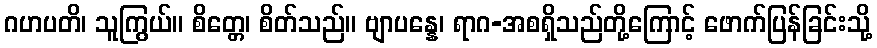
ဂဟပတိ၊ သူကြွယ်။ စိတ္တေ၊ စိတ်သည်။ ဗျာပန္နေ၊ ရာဂ-အစရှိသည်တို့ကြောင့် ဖောက်ပြန်ခြင်းသို့